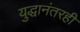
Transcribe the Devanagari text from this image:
युद्धानंतरही